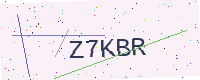
Text: Z7KBR